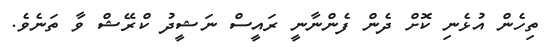
ތިހެން އުޅެނި ކޮށް ދެން ފެންނާނީ ރައީސް ނަޝީދު ކްރޭޝް ވާ ތަނެވެ.